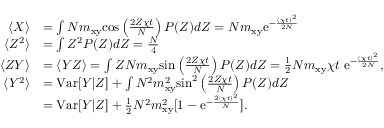
\begin{array} { r l } { \langle X \rangle } & { = \int N m _ { \mathrm { x y } } \mathrm { c o s } \left( \frac { 2 Z \chi t } { N } \right) P ( Z ) d Z = N m _ { \mathrm { x y } } \mathrm { e } ^ { - \frac { ( \chi t ) ^ { 2 } } { 2 N } } } \\ { \langle Z ^ { 2 } \rangle } & { = \int Z ^ { 2 } P ( Z ) d Z = \frac { N } { 4 } } \\ { \langle Z Y \rangle } & { = \langle Y Z \rangle = \int Z N m _ { \mathrm { x y } } \mathrm { s i n } \left( \frac { 2 Z \chi t } { N } \right) P ( Z ) d Z = \frac { 1 } { 2 } N m _ { \mathrm { x y } } \chi t ~ \mathrm { e } ^ { - \frac { ( \chi t ) ^ { 2 } } { 2 N } } , } \\ { \langle Y ^ { 2 } \rangle } & { = \mathrm { V a r } [ Y | Z ] + \int N ^ { 2 } m _ { \mathrm { x y } } ^ { 2 } \mathrm { s i n } ^ { 2 } \left( \frac { 2 Z \chi t } { N } \right) P ( Z ) d Z } \\ & { = \mathrm { V a r } [ Y | Z ] + \frac { 1 } { 2 } N ^ { 2 } m _ { \mathrm { x y } } ^ { 2 } [ 1 - \mathrm { e } ^ { - \frac { 2 ( \chi t ) ^ { 2 } } { N } } ] . } \end{array}